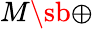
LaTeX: M\sb{\oplus}